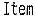
ITEM